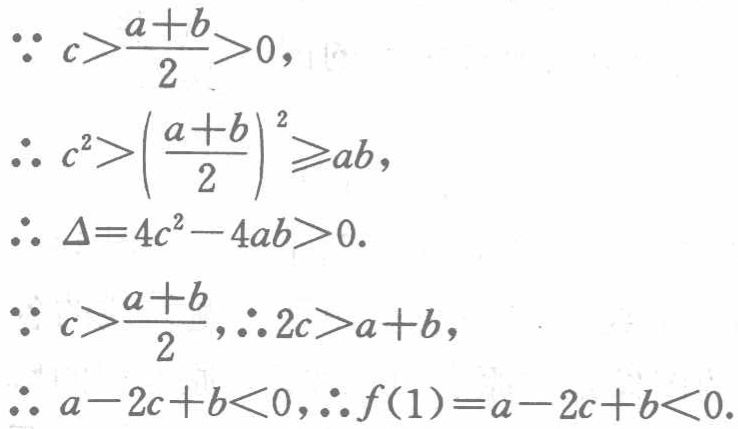
\(\because c>\frac{a + b}{2}>0,\)

\(\therefore c^{2}>\left(\frac{a + b}{2}\right)^{2}\geqslant ab,\)

\(\therefore \Delta = 4c^{2}-4ab>0.\)

\(\because c>\frac{a + b}{2},\therefore 2c>a + b,\)

\(\therefore a - 2c + b<0,\therefore f(1)=a - 2c + b<0.\)